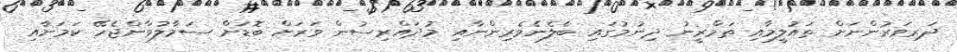
ދަރިވަރުންނަށް ތައުލީމާއި ތަމްރީނު ދިނުމުގައި ބެލެނެވެރިންނާއި މުދައްރިސުން ވަރަށް ބޮޑަށް ސަމާލުވާންޖެހޭ ކަމަށާއި